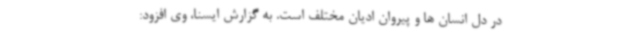
در دل انسان ها و پیروان ادیان مختلف است. به گزارش ایسنا، وی افزود: